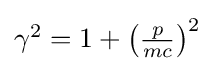
{\textstyle \gamma ^{2}=1+\left({\frac {p}{mc}}\right)^{2}}